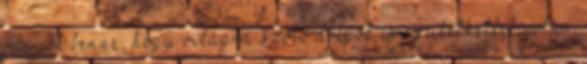
vagyok benne, hogy világra szóló dolgok is születhettek volna